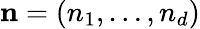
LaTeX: \mathbf{n}=\left(n_{1},\ldots,n_{d}\right)